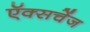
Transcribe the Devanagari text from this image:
ऍक्सचेंज